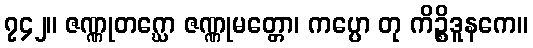
၇၄၂။ ဇဏ္ဏုတဂ္ဃော ဇဏ္ဏုမတ္တော၊ ကပ္ပော တု ကိဉ္စိဒူနကေ။